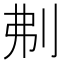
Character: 刜